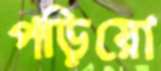
পড়িয়ো